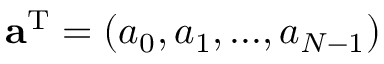
{ \bf a } ^ { \mathrm { T } } = ( a _ { 0 } , a _ { 1 } , . . . , a _ { { \cal N } - 1 } )